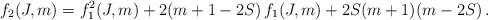
LaTeX: \begin{align*} f_2(J,m) = f^2_1(J,m) + 2(m+1-2S) \, f_1(J,m) + 2S(m+1)(m-2S) \,.\end{align*}